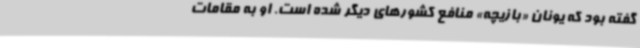
گفته بود که یونان «بازیچه» منافع کشورهای دیگر شده است. او به مقامات